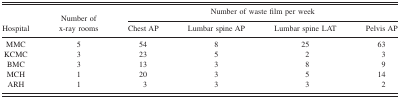
<table><thead><tr><td rowspan="2"><b>Hospital</b></td><td rowspan="2"><b>Number of <i>x</i>‐ray rooms</b></td><td colspan="4"><b>Number of waste film per week</b></td></tr><tr><td><b>Chest AP</b></td><td><b>Lumbar spine AP</b></td><td><b>Lumbar spine LAT</b></td><td><b>Pelvis AP</b></td></tr></thead><tbody><tr><td>MMC</td><td>5</td><td>54</td><td>8</td><td>25</td><td>63</td></tr><tr><td>KCMC</td><td>3</td><td>23</td><td>5</td><td>2</td><td>3</td></tr><tr><td>BMC</td><td>3</td><td>13</td><td>3</td><td>8</td><td>9</td></tr><tr><td>MCH</td><td>1</td><td>20</td><td>3</td><td>5</td><td>14</td></tr><tr><td>ARH</td><td>1</td><td>3</td><td>3</td><td>3</td><td>2</td></tr></tbody></table>